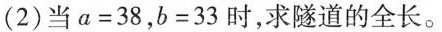
（2）当$$a=38$$,$$b=33$$时，求隧道的全长。